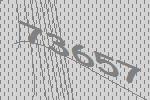
73657